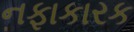
નફાકારક